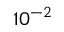
1 0 ^ { - 2 }